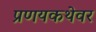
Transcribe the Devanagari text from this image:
प्रणयकथेवर